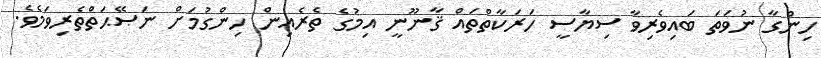
ހިންގާ ނުވަތަ ބައިވެރިވާ ސިޔާސީ ހަރަކާތްތައް ޤާނޫނީ އިމުގެ ތެރެއިން ހިންގުމަށް ނަޞޭޙަތްތެރިވަމެވެ.